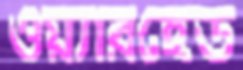
ওয়্যারহেড